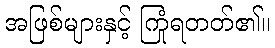
အဖြစ်များနှင့် ကြုံရတတ်၏။